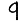
Digit: 9